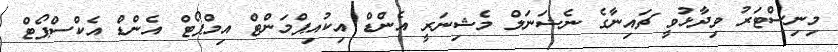
މިނިސްޓަރު ވިދާޅުވީ ޗައިނާގެ ނެޝަނަލް މެޝިނަރީ އެންޑް އިކުއިޕްމަންޓް އިމްޕޯޓް އެންޑް އެކްސްޕޯޓް